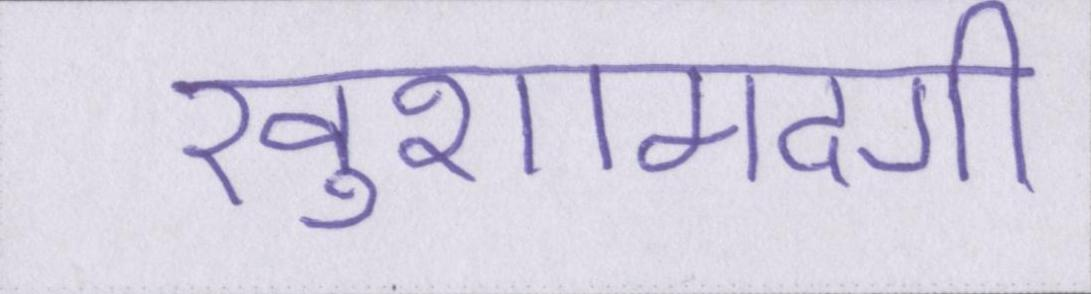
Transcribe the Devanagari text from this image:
खुशामदगी